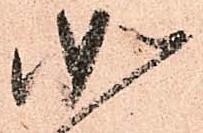
如